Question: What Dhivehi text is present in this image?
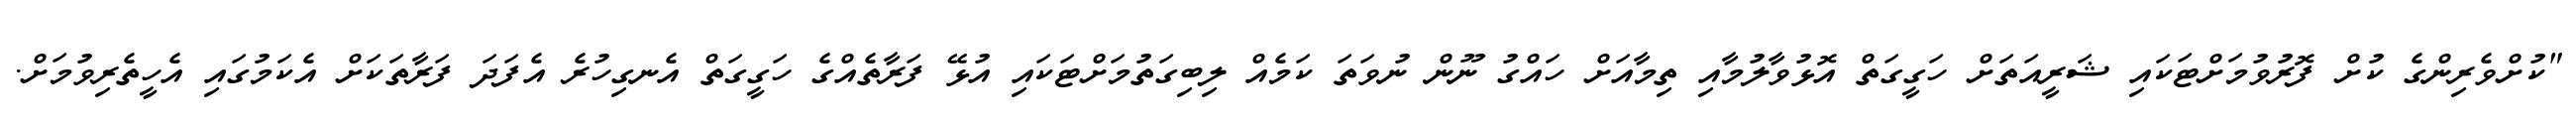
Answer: "ކުށްވެރިންގެ ކުށް ފޮރުވުމަށްޓަކައި ޝަރީއަތަށް ހަގީގަތް އޮޅުވާލުމާއި ތިމާއަށް ހައްގު ނޫން ނުވަތަ ކަމެއް ލިބިގަތުމަށްޓަކައި އުޅޭ ފަރާތެއްގެ ހަގީގަތް އެނގިހުރެ އެފަދަ ފަރާތަކަށް އެކަމުގައި އެހީތެރިވުމަށް.